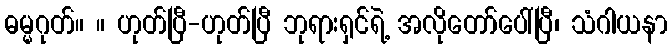
ဓမ္မဂုတ်။ ။ ဟုတ်ပြီ-ဟုတ်ပြီ ဘုရားရှင်ရဲ့ အလိုတော်ပေါ်ပြီ၊ သံဂါယနာ